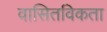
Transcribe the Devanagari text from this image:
वासितविकता